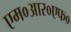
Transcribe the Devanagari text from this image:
एम०आर०एफ०